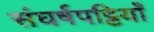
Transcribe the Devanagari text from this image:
संघर्षपट्टियाँ